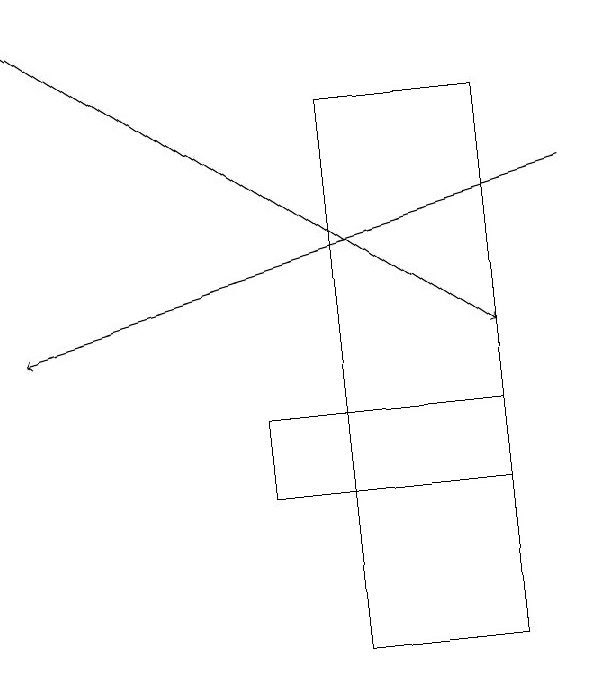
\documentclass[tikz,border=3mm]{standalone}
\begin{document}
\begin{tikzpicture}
\draw[->] (8,17) -- (1,15);
\draw (7,14) rectangle (4,13);
\draw[->] (1,19) -- (7,15);
\draw (5,18) rectangle (7,11);
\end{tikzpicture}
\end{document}